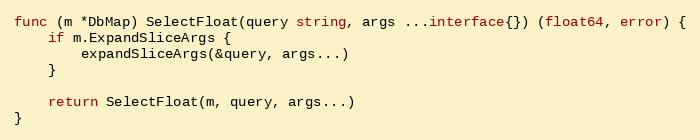
Language: Go
func (m *DbMap) SelectFloat(query string, args ...interface{}) (float64, error) {
	if m.ExpandSliceArgs {
		expandSliceArgs(&query, args...)
	}

	return SelectFloat(m, query, args...)
}